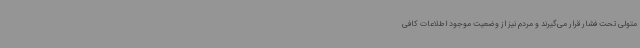
متولی تحت فشار قرار می‌گیرند و مردم نیز از وضعیت موجود اطلاعات کافی